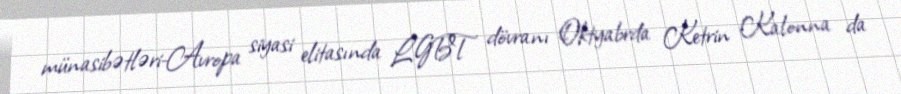
münasibətləri-Avropa siyasi elitasında LGBT dövranı Oktyabrda Ketrin Kalonna da